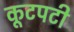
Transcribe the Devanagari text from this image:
कूटपटी